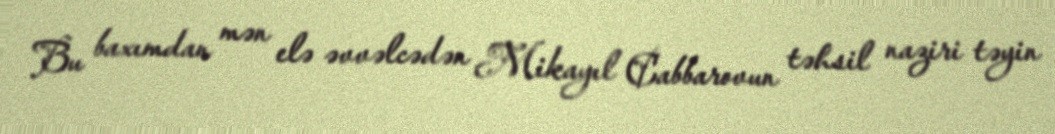
Bu baxımdan mən elə əvvəlcədən Mikayıl Cabbarovun təhsil naziri təyin